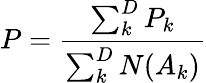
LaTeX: P=\frac{\sum_{k}^{D}P_{k}}{\sum_{k}^{D}N(A_{k})}